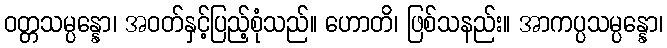
ဝတ္တသမ္ပန္နော၊ အဝတ်နှင့်ပြည့်စုံသည်။ ဟောတိ၊ ဖြစ်သနည်း။ အာကပ္ပသမ္ပန္နော၊